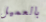
بالعميل